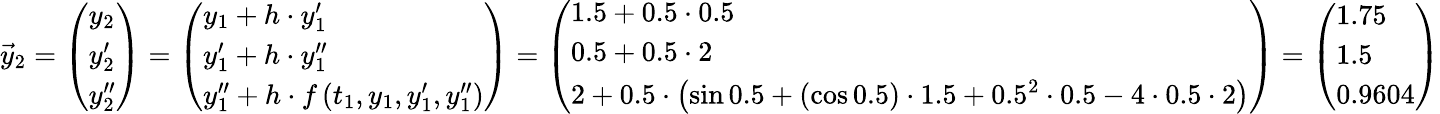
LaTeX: {\vec{y}}_{2}={\left(\begin{array}{l}{y_{2}}\\ {y_{2}^{\prime}}\\ {y_{2}^{\prime\prime}}\end{array}\right)}={\left(\begin{array}{l}{y_{1}+h\cdot y_{1}^{\prime}}\\ {y_{1}^{\prime}+h\cdot y_{1}^{\prime\prime}}\\ {y_{1}^{\prime\prime}+h\cdot f\left(t_{1},y_{1},y_{1}^{\prime},y_{1}^{\prime\prime}\right)}\end{array}\right)}={\left(\begin{array}{l}{1.5+0.5\cdot 0.5}\\ {0.5+0.5\cdot 2}\\ {2+0.5\cdot\left(\sin{0.5}+(\cos{0.5})\cdot 1.5+0.5^{2}\cdot 0.5-4\cdot 0.5\cdot 2\right)}\end{array}\right)}={\left(\begin{array}{l}{1.75}\\ {1.5}\\ {0.9604}\end{array}\right)}